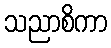
သညာစိကာ